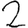
Digit: 2